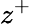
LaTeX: z^{+}